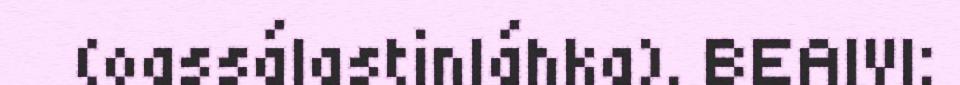
(oassálastinláhka). BEAIVI: